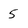
Character: 5